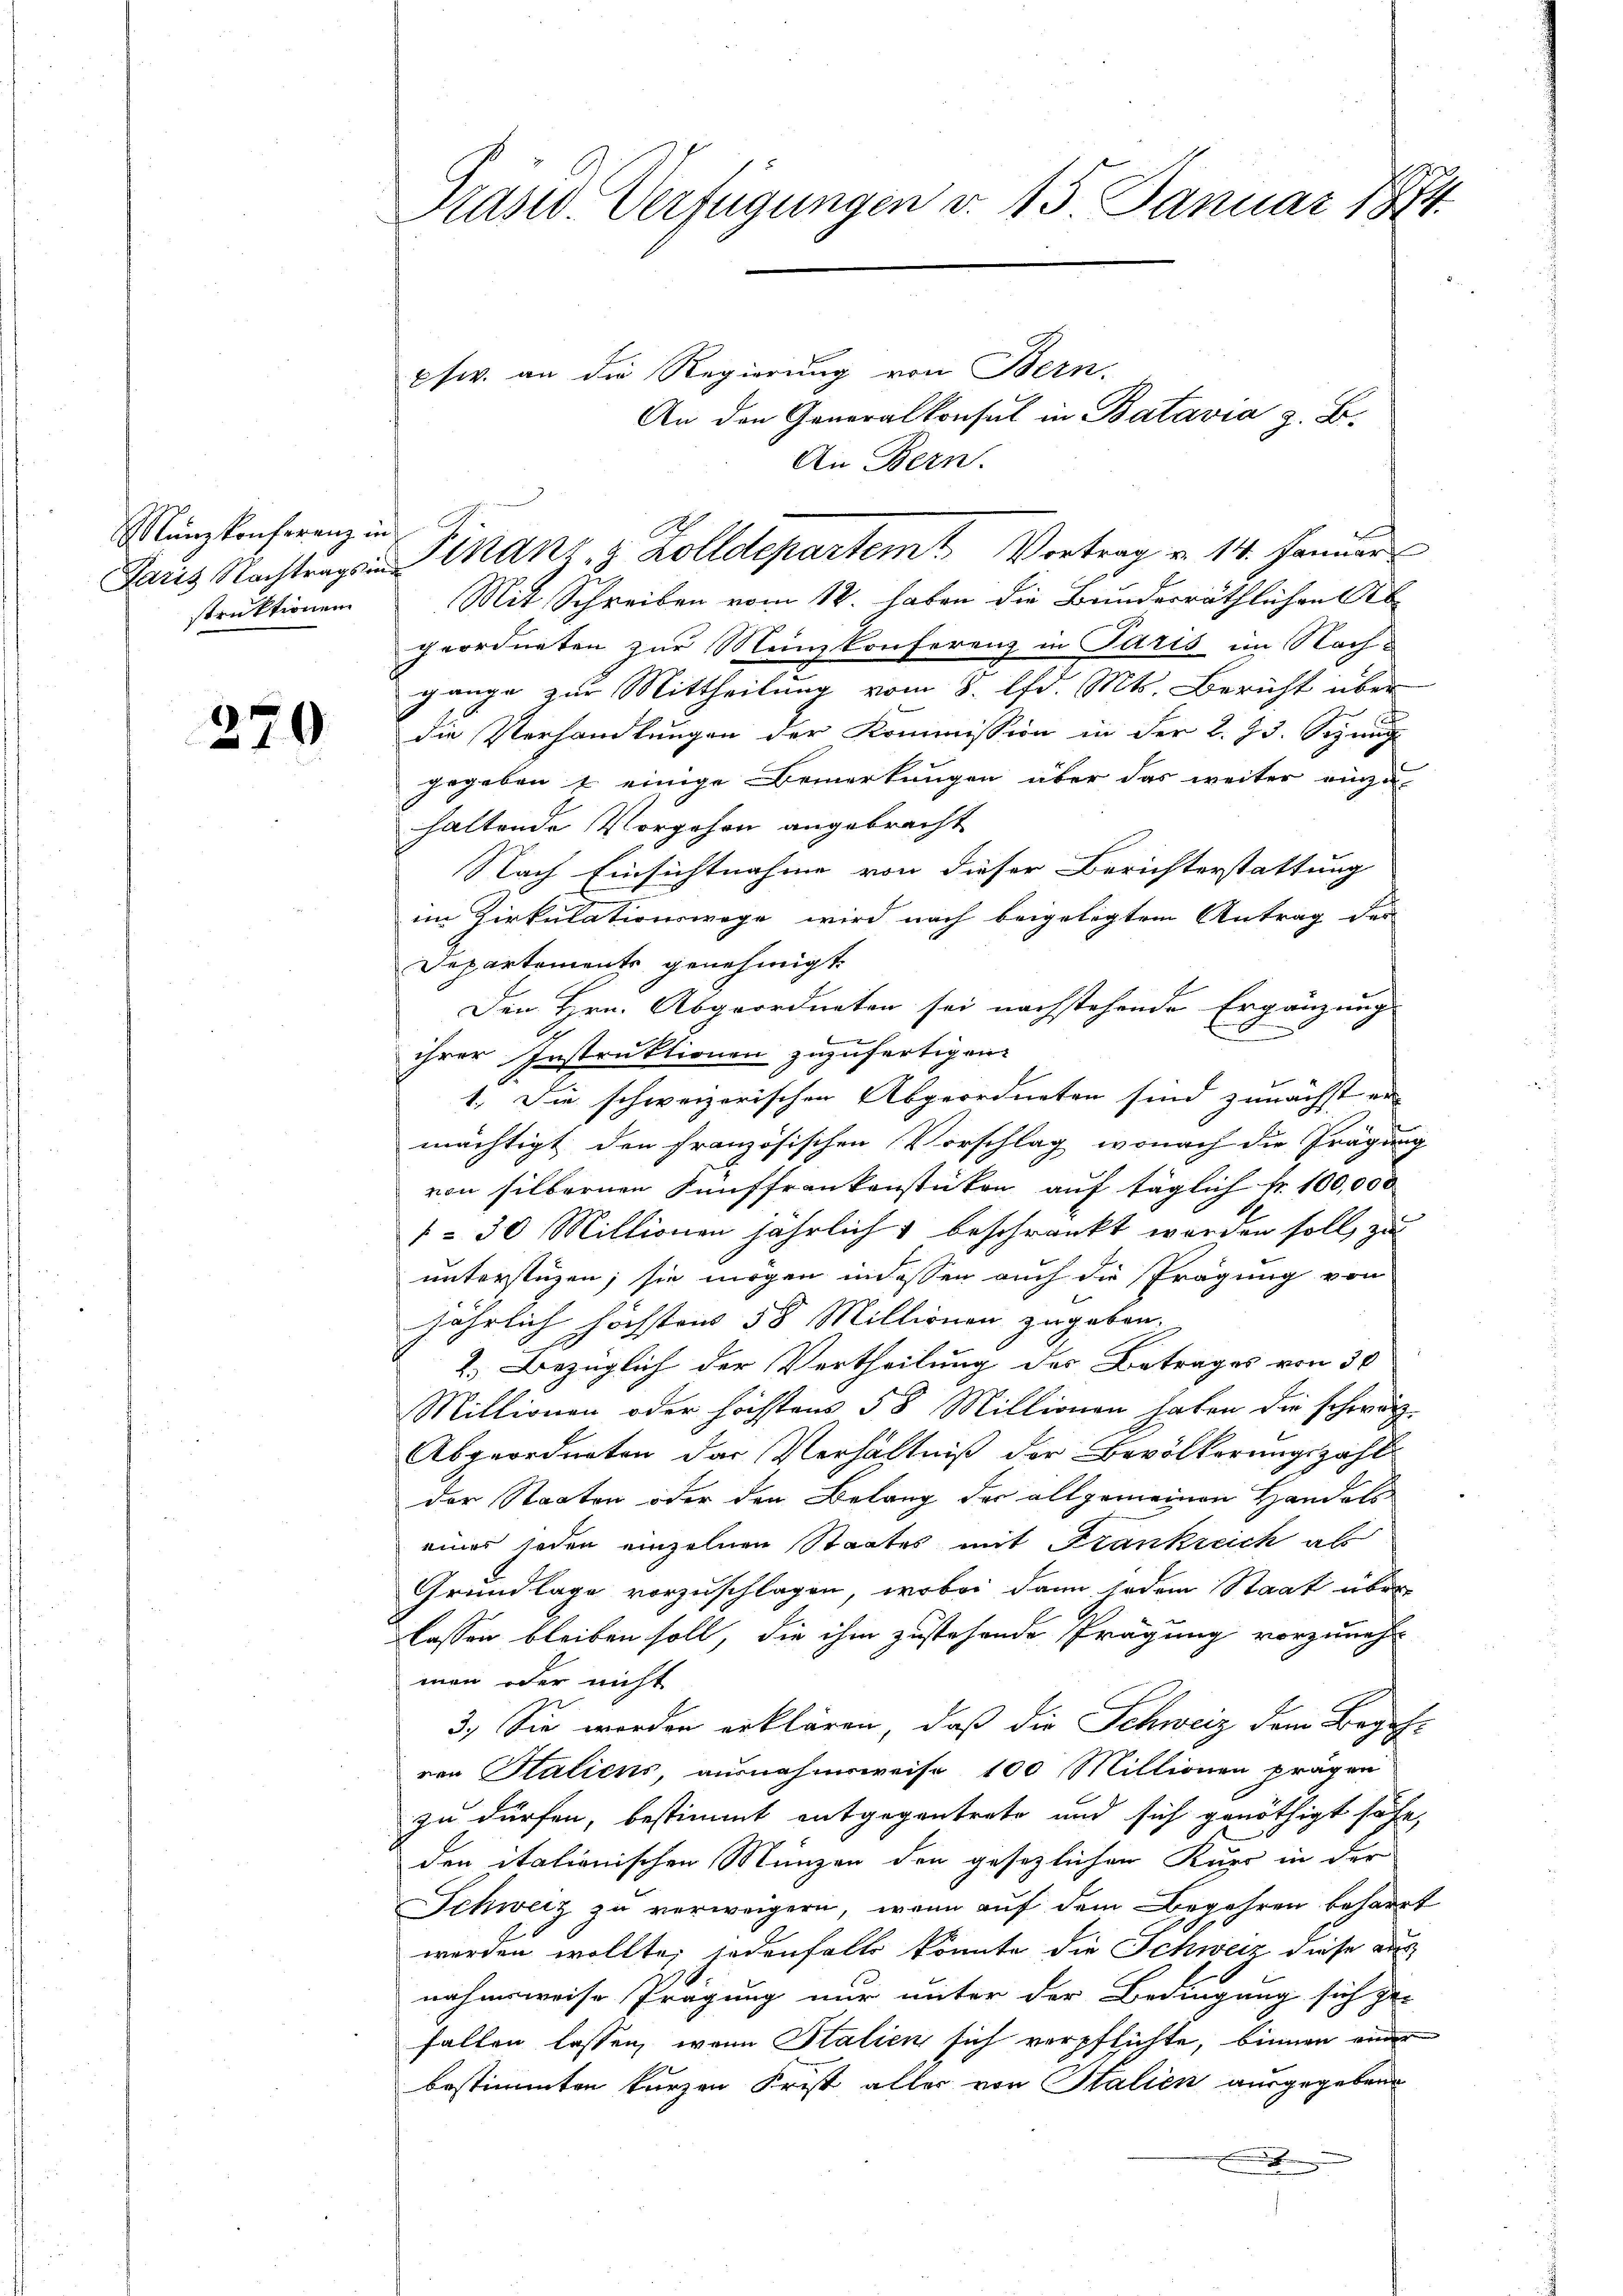
Manzkonferenz in
struktionen

270

Rasw. Verfügungen v. 15. Januar 1874.
pfw. an die Regierung von Bern.
An den Generalkonsul in Batavia z. B.

geordneten zur Menzkonferenz in Paris im Nachgange zur Mittheilung vom 8. d. Mts. Bericht über
die Verhandlungen der Kommission in der 2. 73. Seni
gegeben u. einige Bemerkungen über das weiter einzu-
haltende Vorgehen angebracht
Nach Einsichtnahme von dieser Berichterstattung
im Zirkulationswege wird nach beigelegtem Antrag des
Departemente genehmigt.
Den Hrn. Abgeordneten sei nachstehende Ergänzung
ihrer Instruktionen zuzufertigen.
1. Die schweizerischen Abgeordneten sind zunächst er- |
mächtigt den französischen Vorschlag, wonach die Prägung
von silbernen Fünffrankenstücken auf täglich fr. 100,000
1= 30 Millionen jährlich & beschränkt worden soll, zu
unterstüzen; sie mögen indessen auch die Prägung von
jährlich höchsten 58 Millionen zugeben.
2.) Bezüglich der Vertheilung des Betrages von 30
Millionen oder höchstens 58 Millionen haben die schwätz-
Abgeordneten das Verhältniß der Bevölkerungszahl
der Staaten oder den Belang der allgemeinen Handel
einer jeden einzelnen Staates mit Frankreich als
Grundlage vorzuschlagen, wobei dann jedem Staat über
lassen bleiben soll, die ihm zustehende Prägung vorzunehm
men oder nicht
3.) Sie worden erklären, daß die Schweiz dem Begehvon Statiens, ausnahmsweise 100 Millionen prägen
zu dürfen, bestimmt entgegentrete und sich genöthigt sehe,
den italionischen Münzen den gesezlichen Kurr in der
Schweiz zu verweigern, wenn auf dem Begehren beharrt
werden wollte; jedenfalls könnte die Schweiz diese aus
nahmsweise Prägung nur unter der Bedingung sich ge-
fallen lassen, wenn Stalien sich verpflichte, binnen einer
bestimmten kurzen Frist aller von Italien ausgegebene
x

Paris Nachtrags in Finanz- & Zolldepartem Vortrag v. 14. Januar
Mit Schreiben vom 12. haben die Bundesräthlichen Ab

An Bern.